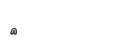
٢